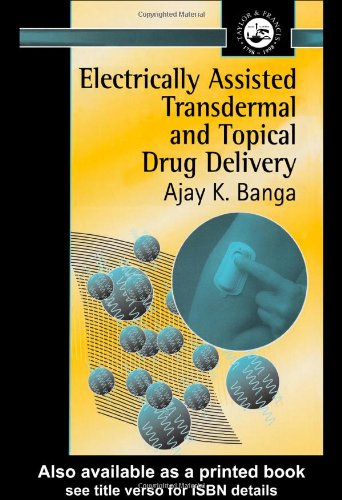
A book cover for Electrically Assisted Transdermal and Topical Drug Delivery; Ajay K Banga; Medical Books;